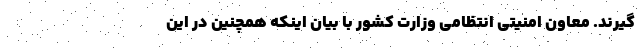
‌گیرند. معاون امنیتی انتظامی وزارت کشور با بیان اینکه همچنین در این